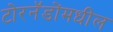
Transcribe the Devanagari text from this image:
टोरनॅडोंमधील